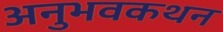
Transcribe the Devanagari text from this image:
अनुभवकथन